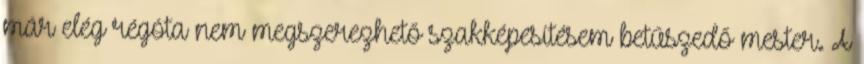
már elég régóta nem megszerezhető szakképesítésem betűszedő mester. A